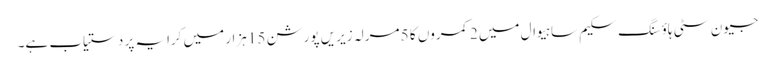
جیون سٹی ہاؤسنگ سکیم ساہیوال میں 2 کمروں کا 5 مرلہ زیریں پورشن 15 ہزار میں کرایہ پر دستیاب ہے۔